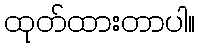
ထုတ်ထားတာပါ။